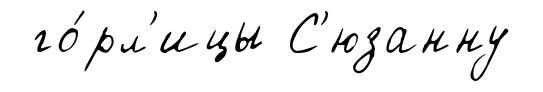
го́рл'ицы С'юзанну